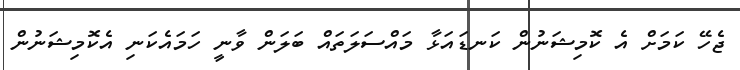
ޖެހޭ ކަމަށް އެ ކޮމިޝަނުން ކަނޑައަޅާ މައްސަލަތައް ބަލަން ވާނީ ހަމައެކަނި އެކޮމިޝަނުން